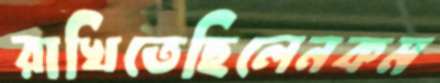
রাখিতেছিলেনকম